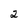
Character: 2